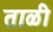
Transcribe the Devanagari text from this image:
ताळी